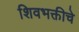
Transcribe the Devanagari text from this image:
शिवभक्तीचे